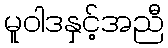
မူဝါဒနှင့်အညီ